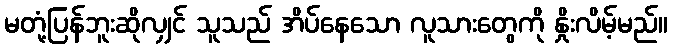
မတုံ့ပြန်ဘူးဆိုလျှင် သူသည် အိပ်နေသော လူသားတွေကို နှိုးလိမ့်မည်။